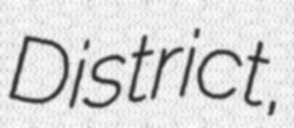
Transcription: District,